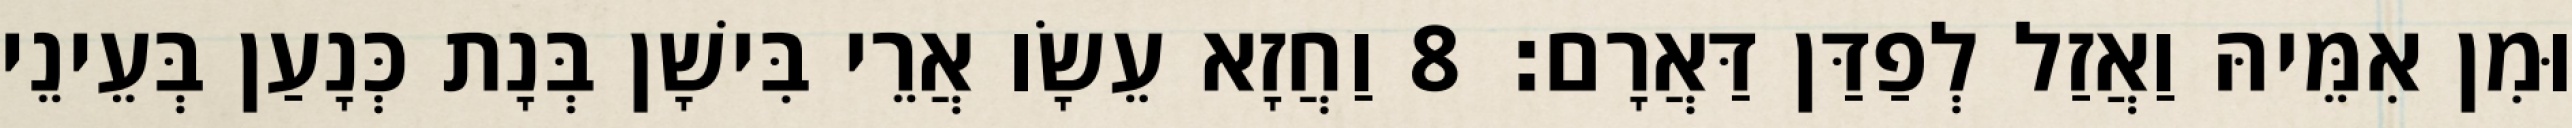
וּמִן אִמֵּיהּ וַאֲזַל לְפַדַּן דַּאֲרָם׃ 8 וַחֲזָא עֵשָׂו אֲרֵי בִּישָׁן בְּנָת כְּנָעַן בְּעֵינֵי